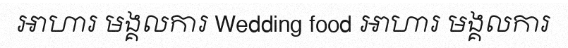
អាហារ មង្គលការ Wedding food អាហារ មង្គលការ